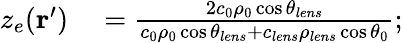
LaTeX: \begin{array}{rl}{z_{e}(\textbf{r}^{\prime})}&{{}=\frac{2c_{0}\rho_{0}\cos\theta_{lens}}{c_{0}\rho_{0}\cos\theta_{lens}+c_{lens}\rho_{lens}\cos\theta_{0}};}\end{array}